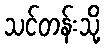
သင်တန်းသို့